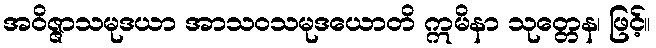
အဝိဇ္ဇာသမုဒယာ အာသဝသမုဒယောတိ ဣမိနာ သုတ္တေန၊ ဖြင့်။